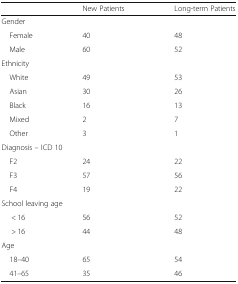
<table><thead><tr><td></td><td><b>New Patients</b></td><td><b>Long-term Patients</b></td></tr></thead><tbody><tr><td colspan="3">Gender</td></tr><tr><td> Female</td><td>40</td><td>48</td></tr><tr><td> Male</td><td>60</td><td>52</td></tr><tr><td colspan="3">Ethnicity</td></tr><tr><td> White</td><td>49</td><td>53</td></tr><tr><td> Asian</td><td>30</td><td>26</td></tr><tr><td> Black</td><td>16</td><td>13</td></tr><tr><td> Mixed</td><td>2</td><td>7</td></tr><tr><td> Other</td><td>3</td><td>1</td></tr><tr><td colspan="3">Diagnosis – ICD 10</td></tr><tr><td> F2</td><td>24</td><td>22</td></tr><tr><td> F3</td><td>57</td><td>56</td></tr><tr><td> F4</td><td>19</td><td>22</td></tr><tr><td colspan="3">School leaving age</td></tr><tr><td>&lt; 16</td><td>56</td><td>52</td></tr><tr><td>&gt; 16</td><td>44</td><td>48</td></tr><tr><td colspan="3">Age</td></tr><tr><td> 18–40</td><td>65</td><td>54</td></tr><tr><td> 41–65</td><td>35</td><td>46</td></tr></tbody></table>